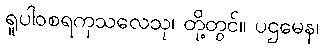
ရူပါဝစရကုသလေသု၊ တို့တွင်။ ပဌမေန၊